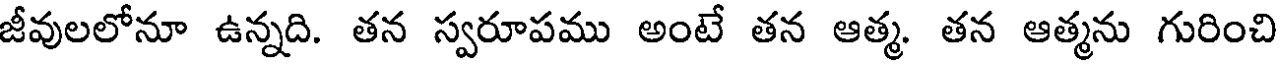
జీవులలోనూ ఉన్నది. తన స్వరూపము అంటే తన ఆత్మ తన ఆత్మను గురించి